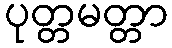
ပုတ္တမတ္တာ